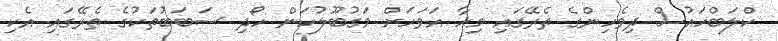
ކްލަބްހައުސް ދިވެހިންގެ ތެރޭގައި މިހާ އަވަހަށް މަގުބޫލުކަން ހޯދި ސަބަބުތަކުގެ ތެރޭގައި އެކި